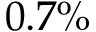
0 . 7 \%